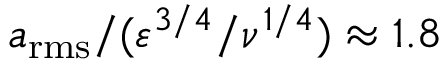
a _ { \mathrm { r m s } } / ( \varepsilon ^ { 3 / 4 } / \nu ^ { 1 / 4 } ) \approx 1 . 8